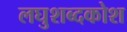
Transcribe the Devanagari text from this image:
लघुशब्दकोश